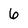
Character: 6